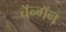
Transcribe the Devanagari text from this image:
चॅन्गॅन